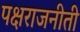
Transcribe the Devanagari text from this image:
पक्षराजनीती